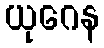
ယုဂေန